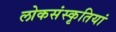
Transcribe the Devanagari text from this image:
लोकसंस्कृतियां